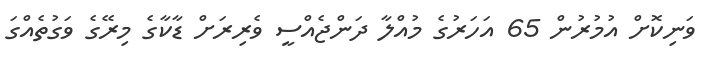
ވަނިކޮށް އުމުރުން 65 އަހަރުގެ މުއްލާ ދަންޖެއްސީ ވެރިރަށް ޑާކާގެ މިރޭގެ ވަގުތެއްގަ